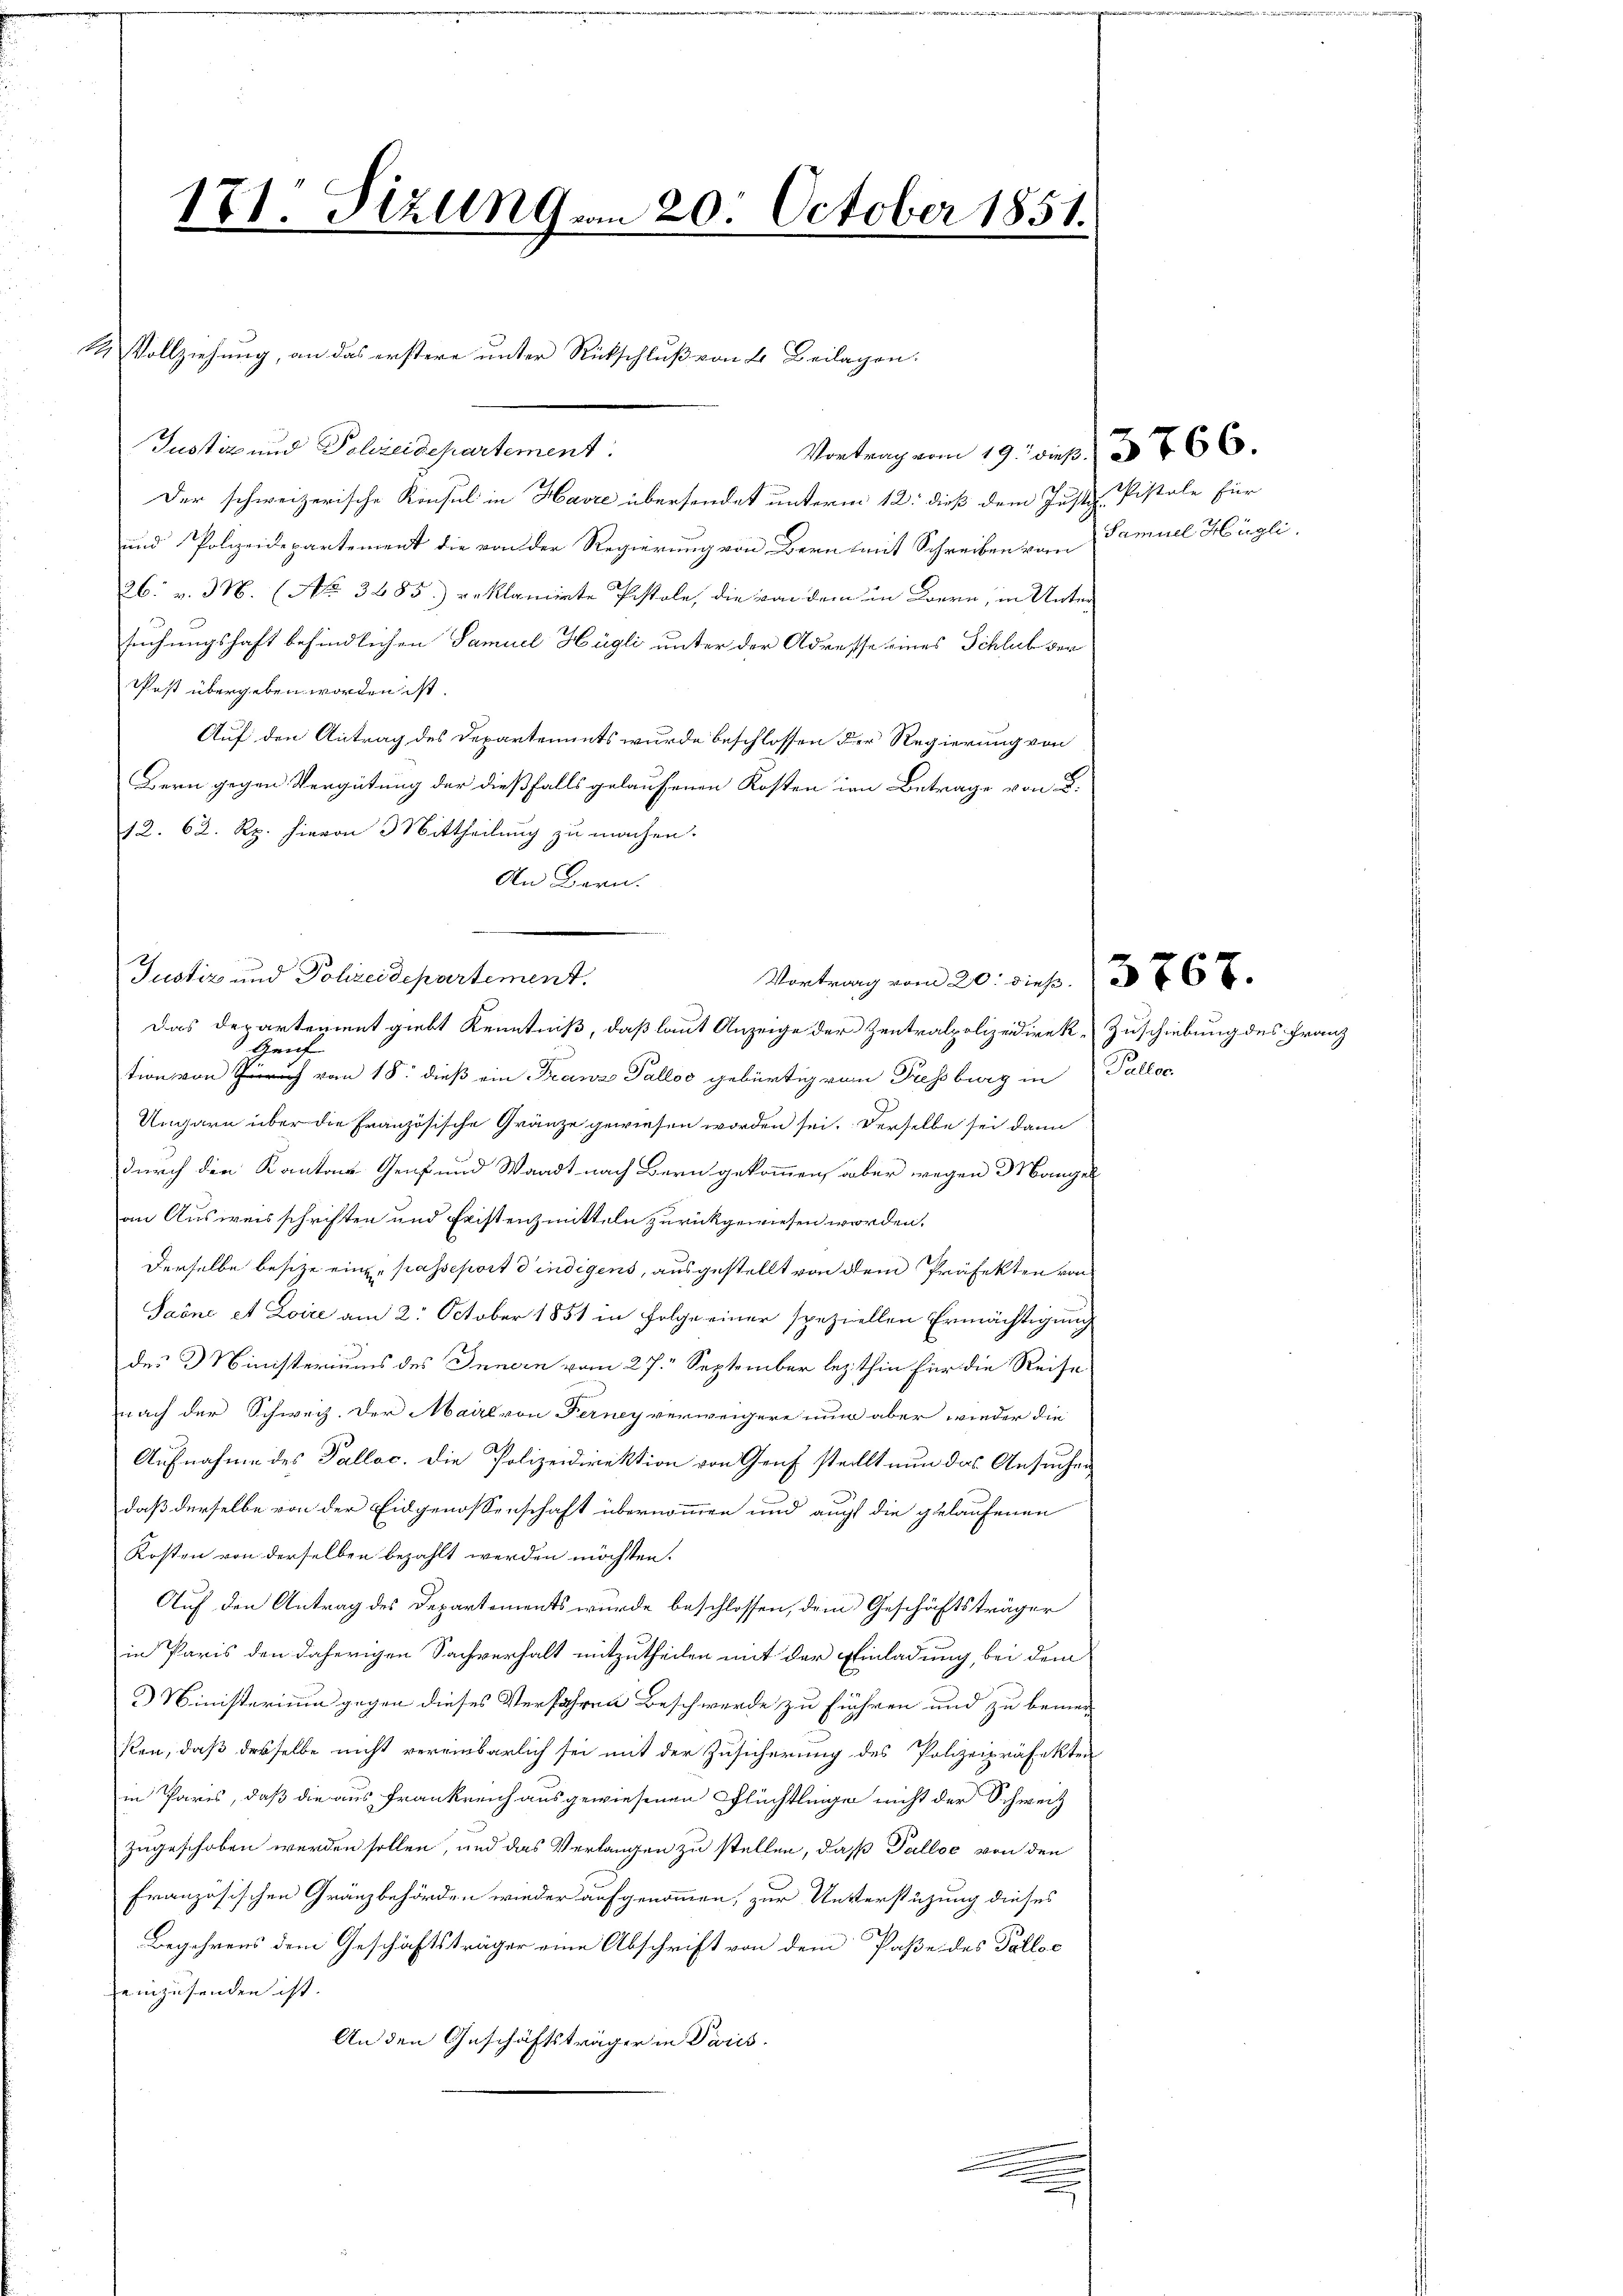
171: Fizung vom 20. October 1851.

1 Vollziehung, an das erstere unter Rückschluß von 4 Beilagen.
Justiz und Polizeidepartement.
Vortrag vom 19. dieß. 766.
Der schweizerische Konsul in Havre übersendet unterm 12. dieß dem Justiz-Pistale für
und Polizeidepartement die von der Regierung von Bern mit Schreiben vom Samuel Hügli
26. v. 3. (No. 3485) reklamiete Pistole, die von dem in Bern, in Unter
suchungshaft befindlichen Samuel Hügli unter der Adresse eines Schlub der
Pest übergeben worden ist.
Auf den Antrag des Departements wurde beschlossen der Regierung von
Bern gegen Vergütung der dießfalls gelaufenen Kosten im Betrage von d.
12. 62. Rp. hievon Mittheilung zu machen.
An Bern.
Das Departement giebt Kenntniß, daß laut Anzeige der Zentralpolizeidirek-Zuschiebung des Franz
Hauf
tion von Zürich von 18. dieß ein Franz Pallos gebürtig vom Pressburg in Palloc
Ungarn über die Französische Gränze gewiesen worden sei. Derselbe sei dann
durch die Kantons Genf und Waadt nach Bern gekommen, aber wegen Mangel
an Ausweisschriften und Fristenzmitteln zurückgewiesen worden.
Derselbe besitze eine passeport d’indigens, ausgestellt von dem Präfekten von
Saöne et Zoire am 2. October 1851 in Folge einer speziellen Ermächtigung
des Ministeriums des Innern vom 27. September lezthin für die Reise
nach der Schweiz. Der Maire von Ferney verweigere nun aber wieder die
Aufnahme des Talloc. Die Polizeidirektion von Genf stellt nun das Ansuchen
daß derselbe von der Eidgenossenschaft übernommen und auch die gelaufenen
Kosten von derselben bezahlt werden möchten.
Auf den Antrag des Departements wurde beschlossen, dem Geschäftsträger
in Paris den daherigen Sachverhalt mitzutheilen mit der Einladung, bei dem
3 Ministerium gegen dieses Verfahren Beschwerde zu führen und zu bemer-
ken, daß desselbe nicht vereinbarlich sei mit der Zusicherung des Polizeipräfekten
in Paris, daß die aus Frankreich ausgewiesenen Flüchtlinge nicht der Schweiz
zugeschoben werden sollen, und das Verlangen zu stellen, daß Palloe von den
französischen Gränzbehörden wieder aufgenommen, zur Unterstüzung dieses
Begehrens dem Geschäftsträger eine Abschrift von dem Paße des Talloc
einzusenden ist.
An den Geschäftsträger in Paris.
.
e

Justiz und Polizeidepartement.
Vortrang vom 20. dieß. 376 x